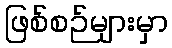
ဖြစ်စဉ်များမှာ